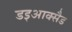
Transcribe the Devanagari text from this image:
डइआक्सैड